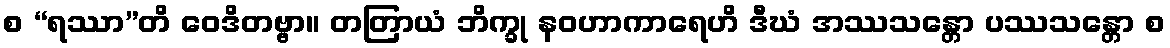
စ “ရဿာ”တိ ဝေဒိတဗ္ဗာ။ တတြာယံ ဘိက္ခု နဝဟာကာရေဟိ ဒီဃံ အဿသန္တော ပဿသန္တော စ